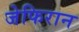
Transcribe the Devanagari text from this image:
जेफिरान